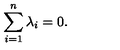
\sum _ { i = 1 } ^ { n } \lambda _ { i } = 0 .